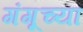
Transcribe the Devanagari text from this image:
गंगूच्या